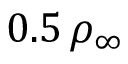
0 . 5 \, \rho _ { \infty }